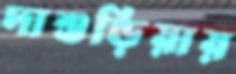
দাশুড়িয়ায়